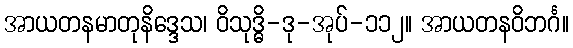
အာယတနမာတုနိဒ္ဒေသ၊ ဝိသုဒ္ဓိ-ဒု-အုပ်-၁၁၂။ အာယတနဝိဘင်္ဂ။